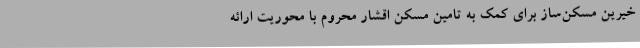
خیرین مسکن‌ساز برای کمک به تامین مسکن اقشار محروم با محوریت ارائه